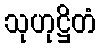
သုဟုဋ္ဌိတံ